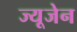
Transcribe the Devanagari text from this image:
ज्यूजेन